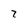
Character: 7